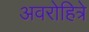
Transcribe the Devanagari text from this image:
अवरोहित्रे